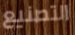
التصنيع